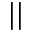
\mid \mid